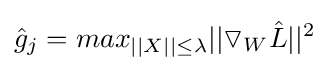
{\hat {g}}_{j}=max_{||X||\leq \lambda }||\triangledown _{W}{\hat {L}}||^{2}